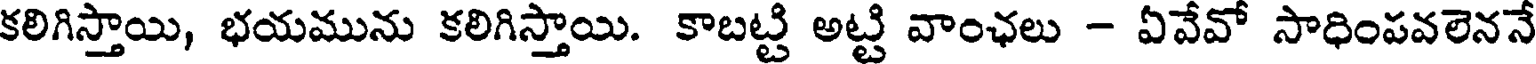
కలిగిస్తాయి, భయమును కలిగిస్తాయి. కాబట్టి అట్టి వాంఛలు - ఏవేవో సాధింపవలెననే